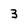
Character: 3